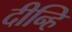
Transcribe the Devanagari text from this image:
दीन्हि